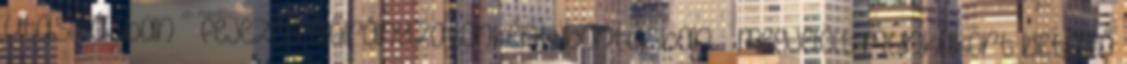
utasításban – fejezeti előirányzatonkénti bontásban – megjelölt munkakört betöltő